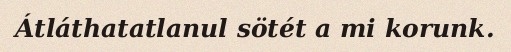
Átláthatatlanul sötét a mi korunk.